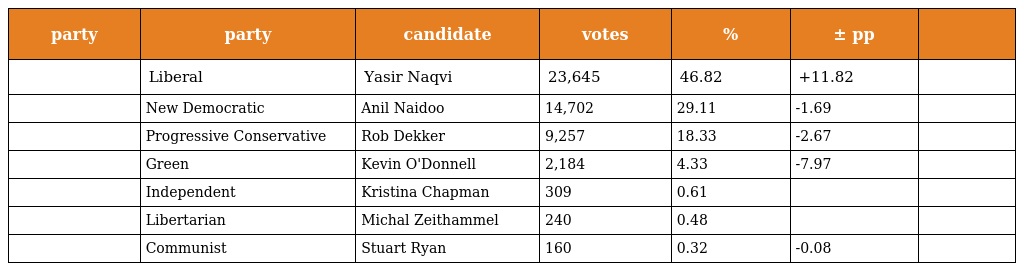
| party | party | candidate | votes | % | ± pp |  |
 | --- | --- | --- | --- | --- | --- | --- |
 |  | Liberal | Yasir Naqvi | 23,645 | 46.82 | +11.82 |  |
 |  | New Democratic | Anil Naidoo | 14,702 | 29.11 | -1.69 |  |
 |  | Progressive Conservative | Rob Dekker | 9,257 | 18.33 | -2.67 |  |
 |  | Green | Kevin O'Donnell | 2,184 | 4.33 | -7.97 |  |
 |  | Independent | Kristina Chapman | 309 | 0.61 |  |  |
 |  | Libertarian | Michal Zeithammel | 240 | 0.48 |  |  |
 |  | Communist | Stuart Ryan | 160 | 0.32 | -0.08 |  |